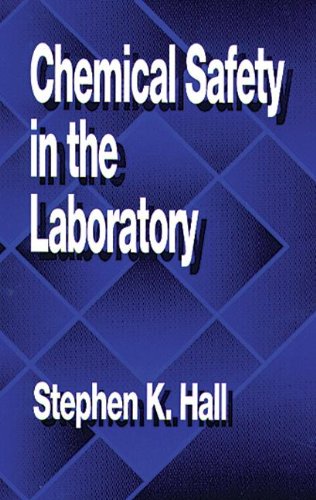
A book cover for Chemical Safety in the Laboratory; Stephen K. Hall; Science & Math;